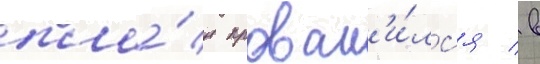
пла́н провал'и́лс'я / в